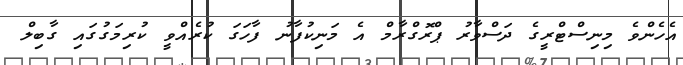
އެހެންވެ މިނިސްޓްރީގެ ދަސްވާރު ޕްރޮގްރާމް އެ މަނިކުފާނު ފާހަގަ ކުރެއްވީ ކުރިމަގުގައި ގާބިލް